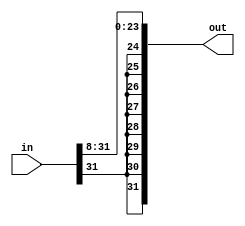
module shiftRight8(in, out);

	input [31:0] in;
	
	output [31:0] out;
	
	assign out[23:0] = in[31:8];
	assign out[31:24] = {8{in[31]}};

endmodule